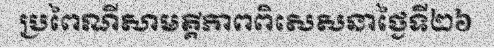
ប្រពៃណីសាមគ្គីភាពពិសេសនាថ្ងៃទី២៦